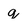
Character: q